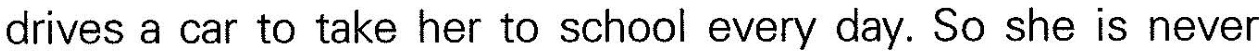
drives a car to take her to school every day. So she is never